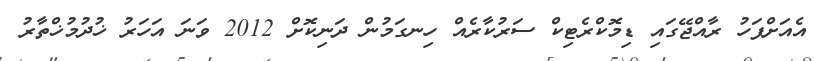
އެއަށްފަހު ރާއްޖޭގައި ޑިމޮކްރެޓިކް ސަރުކާރެއް ހިނގަމުން ދަނިކޮށް 2012 ވަނަ އަހަރު ޚުދުމުޚްތާރު